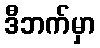
ဒီဘက်မှာ